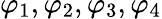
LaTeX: \varphi_{1},\varphi_{2},\varphi_{3},\varphi_{4}